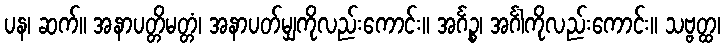
ပန၊ ဆက်။ အနာပတ္တိမတ္တံ၊ အနာပတ်မျှကိုလည်းကောင်း။ အင်္ဂဉ္စ၊ အင်္ဂါကိုလည်းကောင်း။ သဗ္ဗတ္ထ၊